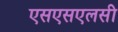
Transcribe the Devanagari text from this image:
एसएसएलसी